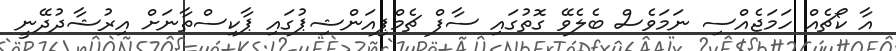
އާ ކޯޗެއް ހަމަޖެއްސި ނަމަވެސް ބެލެވޭ ގޮތުގައި ސާފް ޗެމްޕިއަންޝިޕުގައި ޕާކިސްތާނަށް އިރުޝާދުދޭނީ